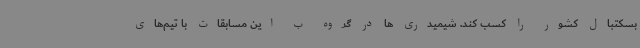
بسکتبال کشور را کسب کند. شیمیدری ها در گروه ب این مسابقات با تیم‌های